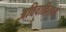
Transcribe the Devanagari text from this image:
अविवाहितारदे